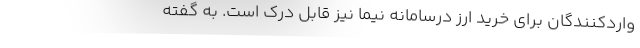
واردکنندگان برای خرید ارز درسامانه نیما نیز قابل درک است. به گفته